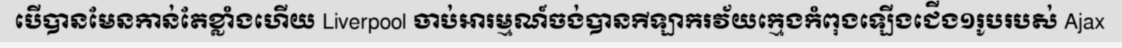
បើបានមែនកាន់តែខ្លាំងហើយ Liverpool ចាប់អារម្មណ៍ចង់បានកីឡាករវ័យក្មេងកំពុងឡើងជើង១រូបរបស់ Ajax